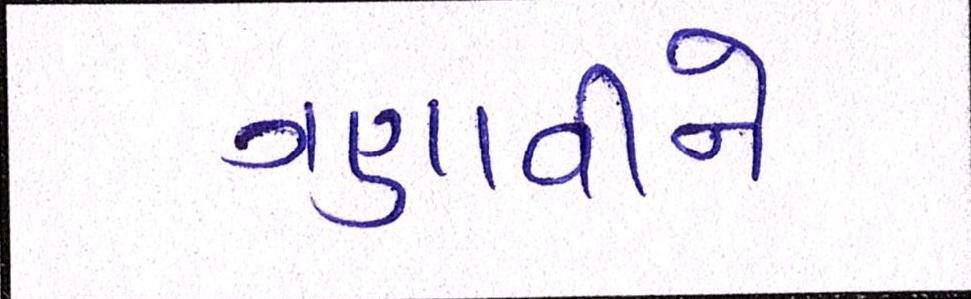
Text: ગણાવીને